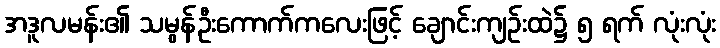
အဒူလမန်း၏ သမွန်ဦးကောက်ကလေးဖြင့် ချောင်းကျဉ်းထဲ၌ ၅ ရက် လုံးလုံး